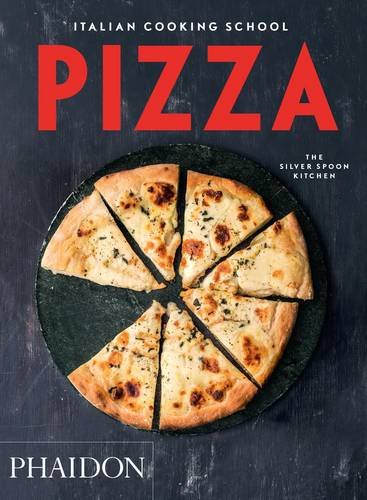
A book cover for Italian Cooking School: Pizza (Italian Cooking School: Silver Spoon Cookbooks); The Silver Spoon Kitchen; Cookbooks, Food & Wine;